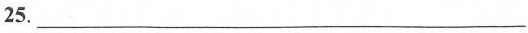
25.___